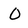
Character: O